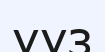
ууз